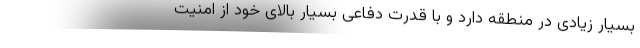
بسیار زیادی در منطقه دارد و با قدرت دفاعی بسیار بالای خود از امنیت